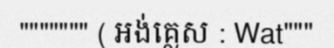
""""""" ( អង់គ្លេស : Wat"""